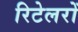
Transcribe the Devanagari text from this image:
रिटेलरों